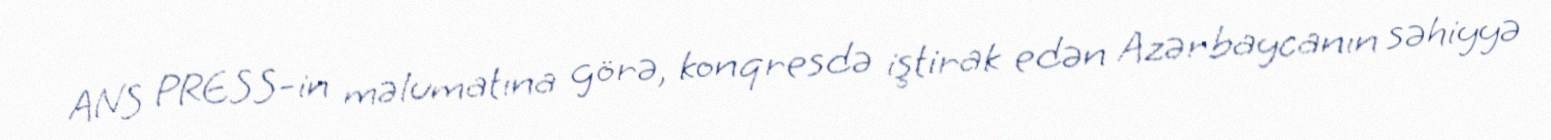
ANS PRESS-in məlumatına görə, konqresdə iştirak edən Azərbaycanın səhiyyə